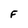
Character: F